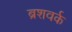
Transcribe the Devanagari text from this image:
ब्रशवर्क